18_100754_ General 1946-7_Vol_2
Agency: Department of War
Incident date: 12/30/47
Page 28
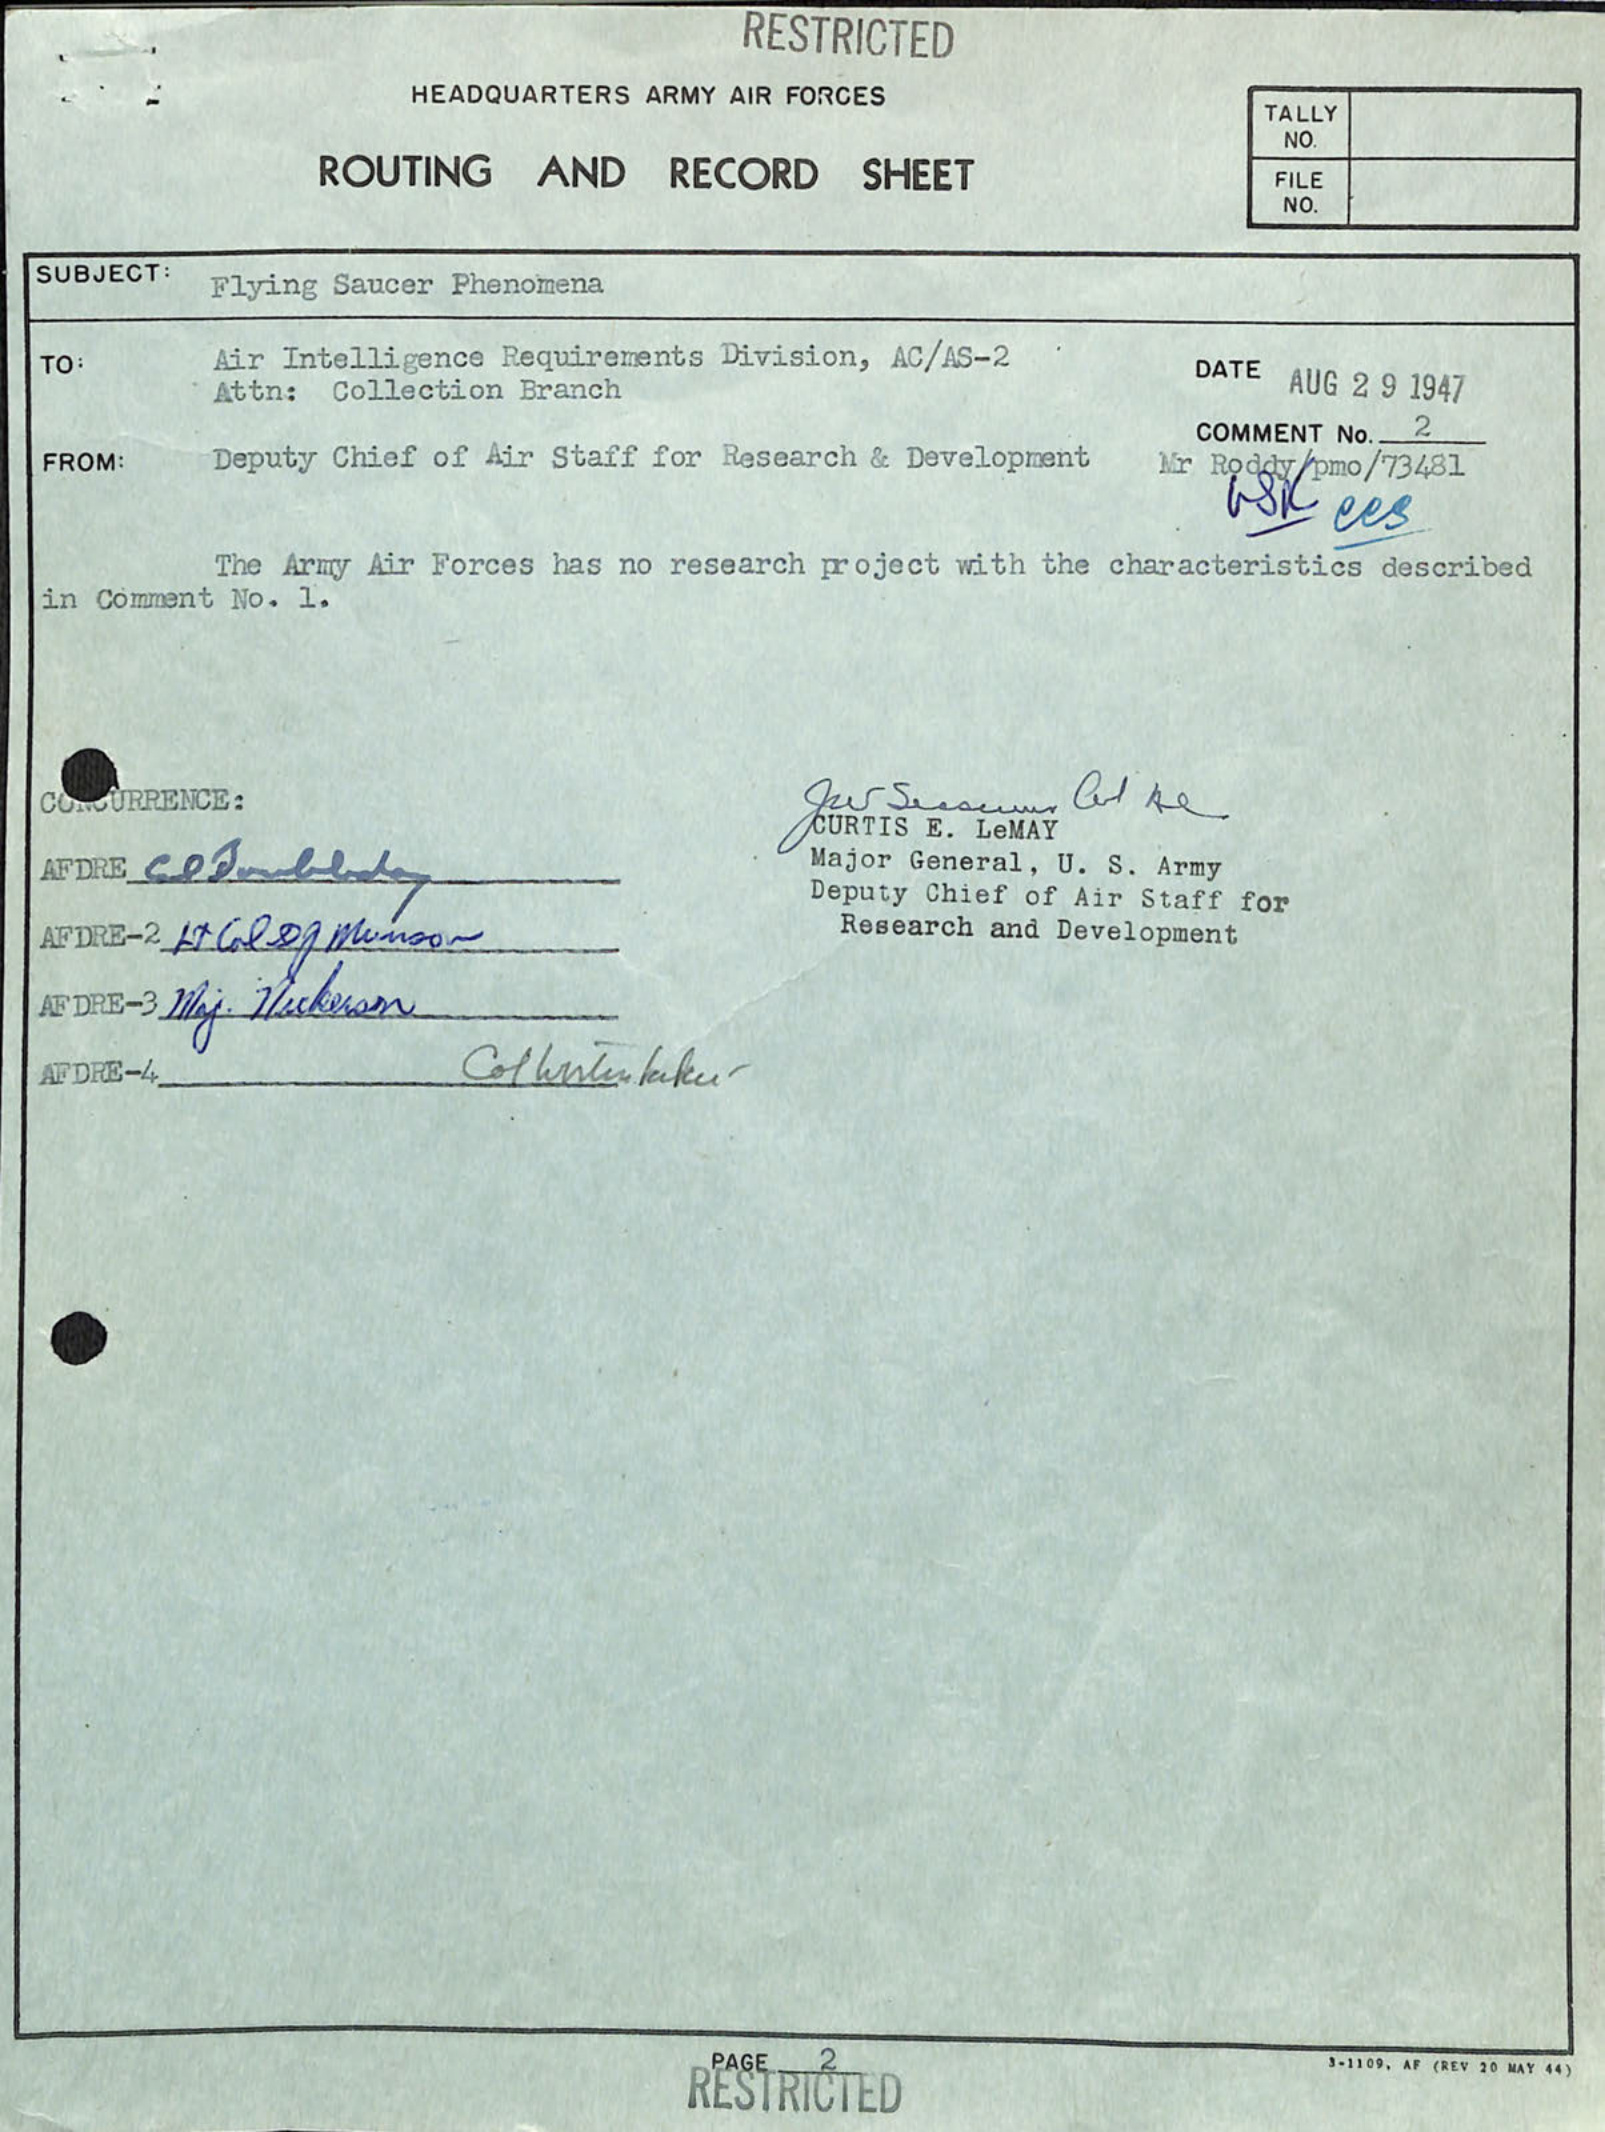